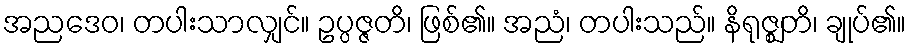
အညဒေဝ၊ တပါးသာလျှင်။ ဥပ္ပဇ္ဇတိ၊ ဖြစ်၏။ အညံ၊ တပါးသည်။ နိရုဇ္ဈတိ၊ ချုပ်၏။